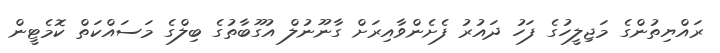
ރައްޔިތުންގެ މަޖިލީހުގެ ފަހު ދައުރު ފެށެންވާއިރަށް ގާނޫނުލް އުގޫބާތުގެ ބިލްގެ މަސައްކަތް ކޮމެޓީން